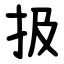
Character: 扱